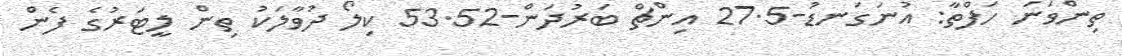
ތިންވަނަ ހަފްތާ: އުނަގަނޑު-27.5 އިންޗް ބަރުދަން-53.52 ކިލޯ ދުވާލަކު ތިން ލީޓަރުގެ ފެން